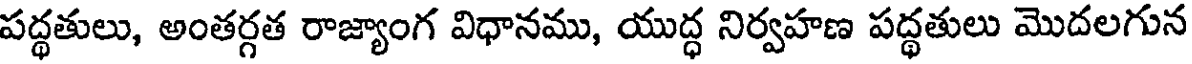
పద్ధతులు, అంతర్గత రాజ్యాంగ విధానము, యుద్ధ నిర్వహణ పద్ధతులు మొదలగున